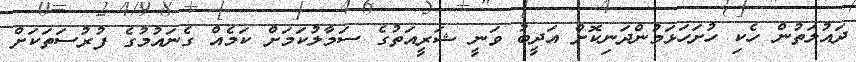
ދައުލަތުން ހެކި ހުށަހަޅަމުންދަނިކޮށް އަދީބު ވަނީ ޝަރީއަތުގެ ސަމާލުކަމަށް ކަމެއް ގެނައުމުގެ ފުރުސަތަކަށް